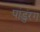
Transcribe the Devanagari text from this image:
पांडुंरग